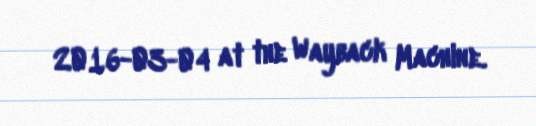
2016-03-04 at the Wayback Machine.